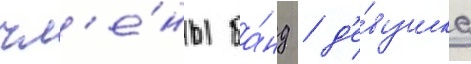
чл'е́ны ба́нд / д'е́вушка